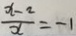
\frac { x - 2 } { x } = - 1